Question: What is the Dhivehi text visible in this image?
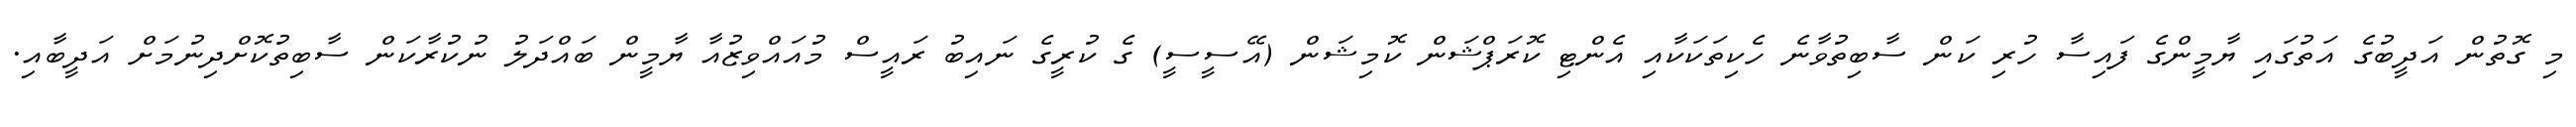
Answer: މި ގޮތުން އަދީބުގެ އަތުގައި ޔާމީންގެ ފައިސާ ހުރި ކަން ސާބިތުވާނެ ހެކިތަކަކާއި އެންޓި ކޮރަޕްޝަން ކޮމިޝަން (އޭސީސީ) ގެ ކުރީގެ ނައިބު ރައީސް މުއައްވިޒުއާ ޔާމީން ބައްދަލު ނުކުރާކަން ސާބިތުކޮށްދިނުމަށް އަދީބާއި.